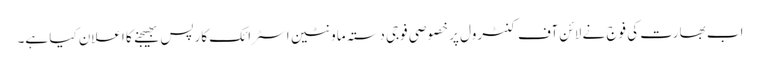
اب بھارت کی فوج نے لائن آف کنٹرول پر خصوصی فوجی دستہ ماونٹین اسٹرائک کارپس بھیجنے کا اعلان کیا ہے۔